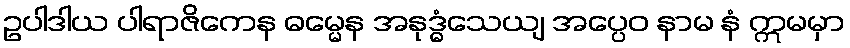
ဥပါဒါယ ပါရာဇိကေန ဓမ္မေန အနုဒ္ဓံသေယျ အပ္ပေဝ နာမ နံ ဣမမှာ